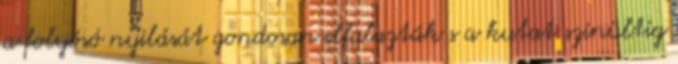
a folyósó nyilását gondosan elfalazták s a kutat szinültig